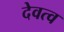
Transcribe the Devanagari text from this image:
देवत्‍व